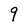
Character: 9